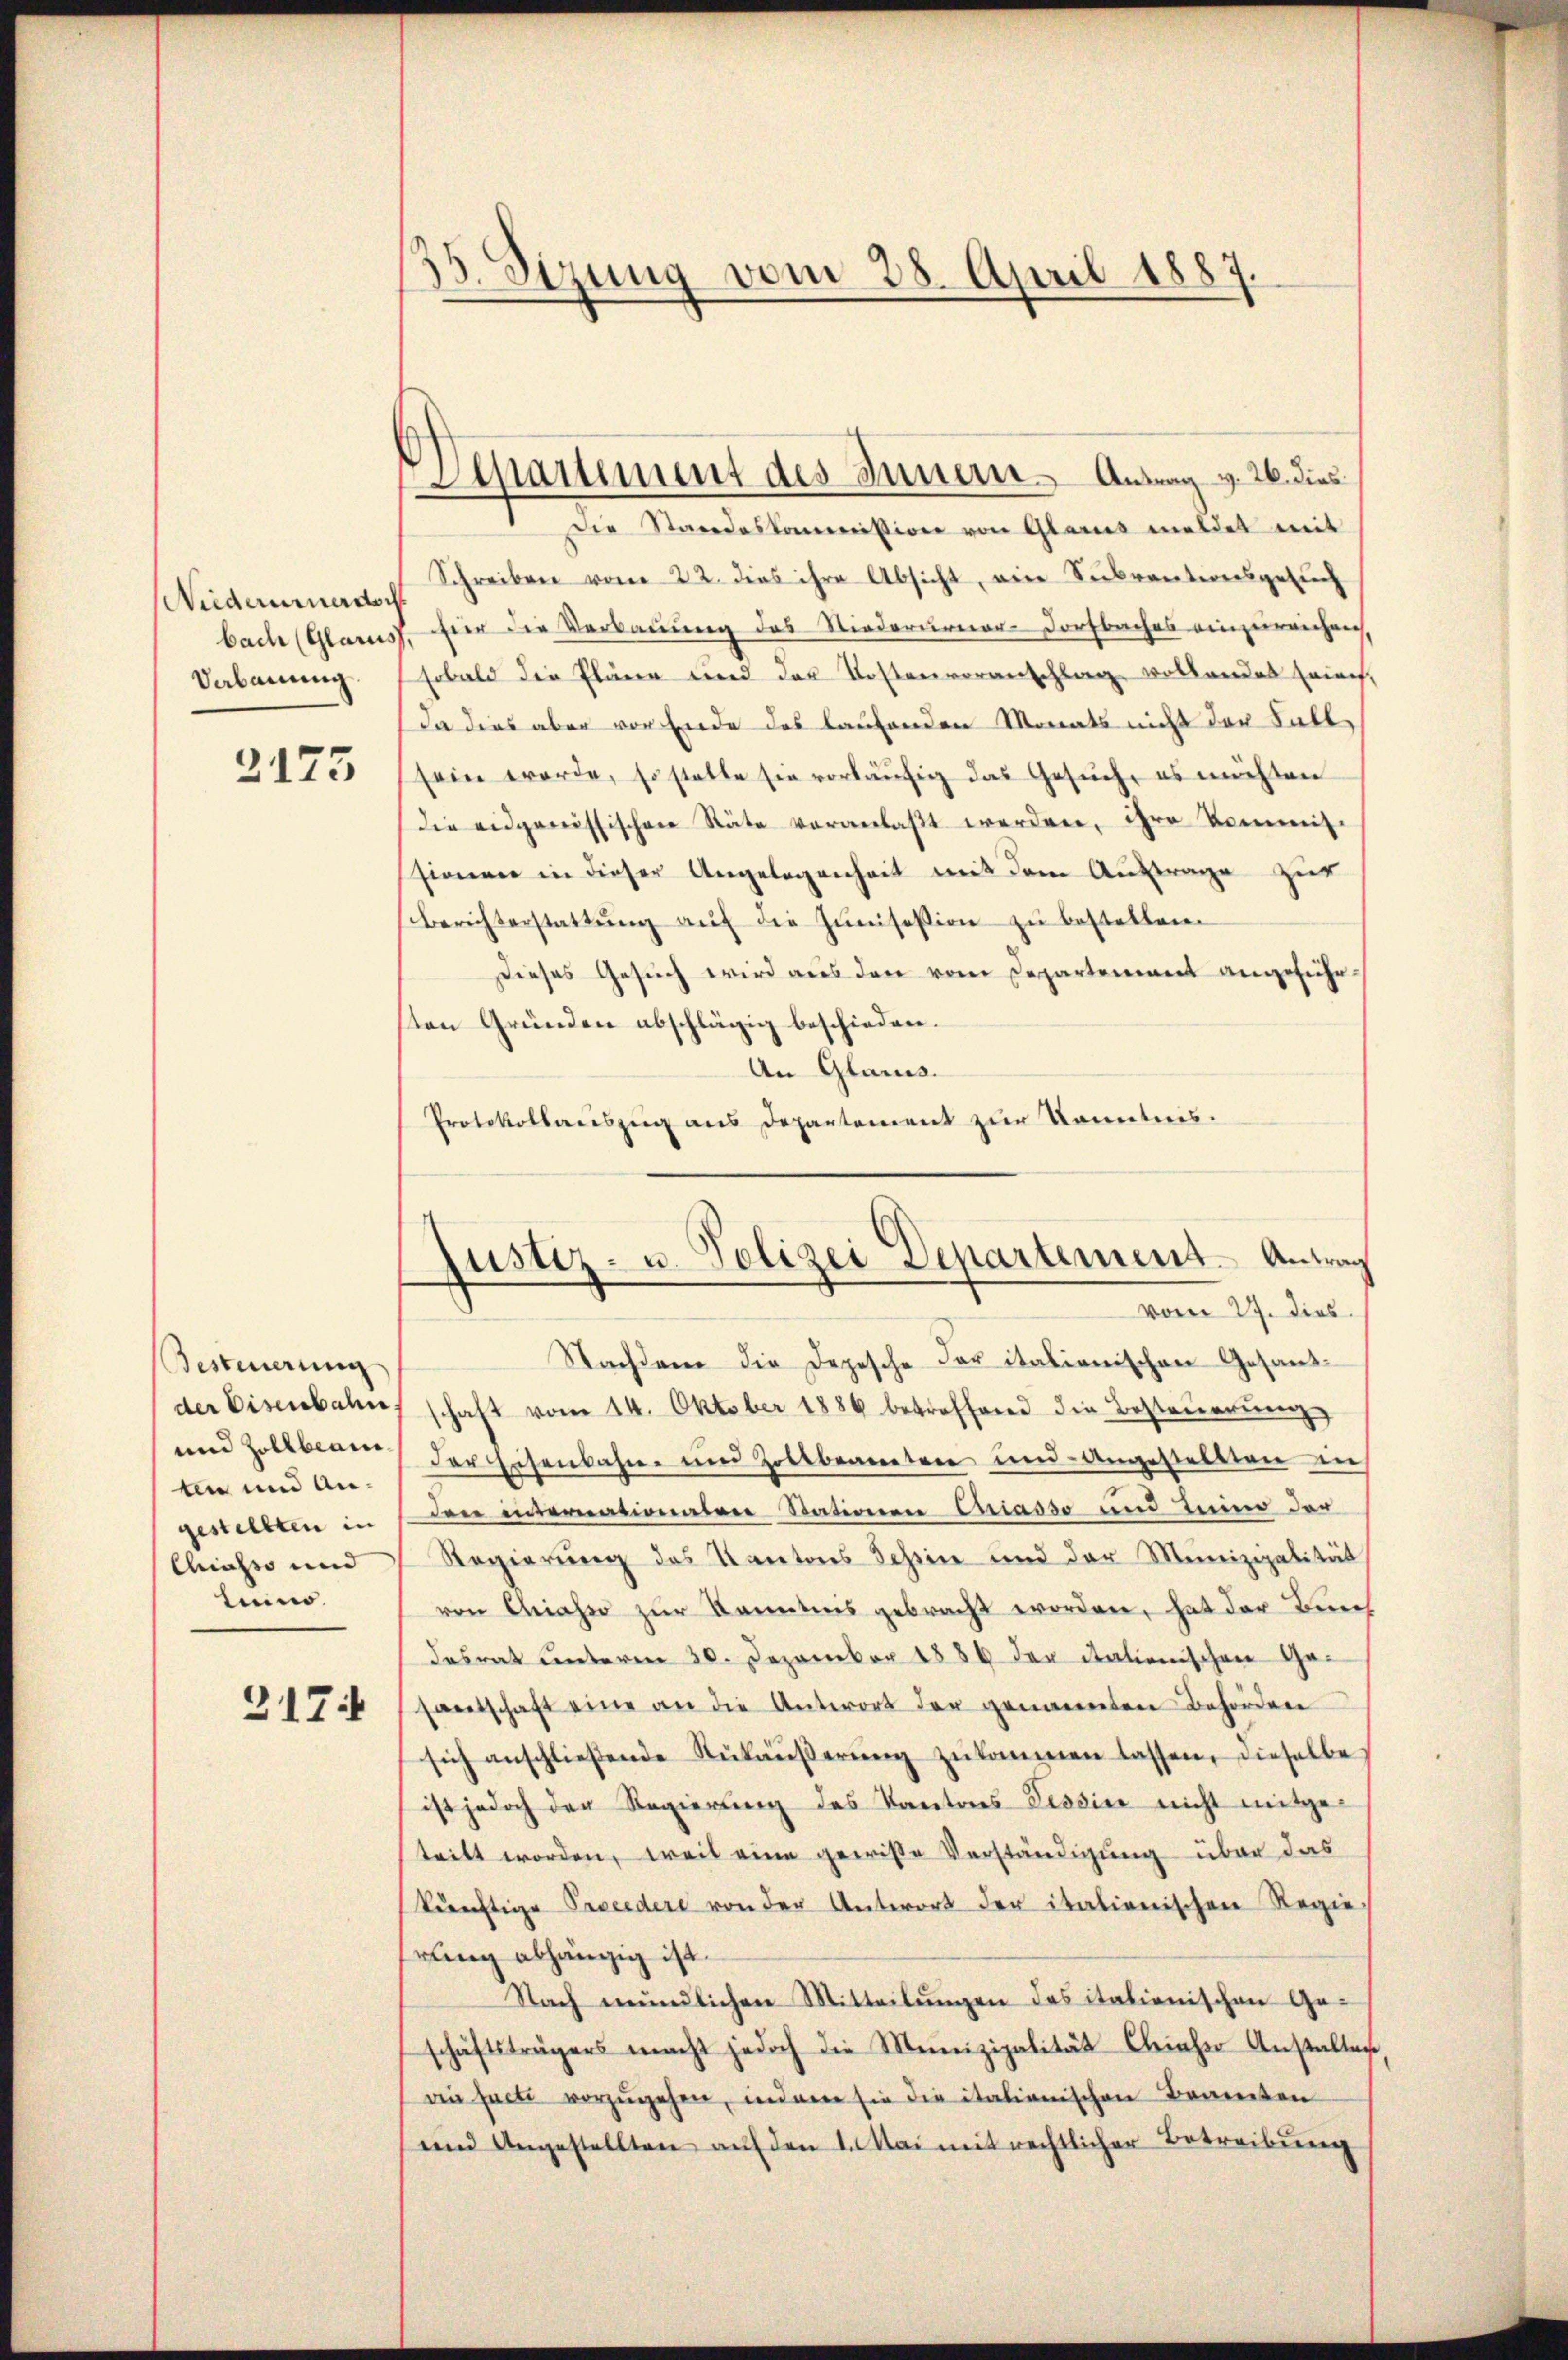
Niederurner doch
bach (Glarus
Vebauung.

2175

Besteuerung
und Zollbeam
ten und Angestellten in
Chiasso und
leino.

317

13. Sizung vom 28. April 188

Departement des Innerer Antrag v. 26. dies

Die Standeskommission von Glarus meldet mit
Schreiben vom 22. dies ihre Absicht, eine Seekrantionsgesuch
fier die Verbauung des Niederurner-Dorfbaches einzureichen,
sobald die Pläne und der Kostenvoranschlag vollendes Brief,
da dies aber vor Ende des laufenden Monats nicht der Fallsein worde, so statte sie vorläufig das Gesuch, es möchten
die eidgenössischen Stäte veranlaßt werden, ihre kommis-
sionen in dieser Angelegenheit mit dem Auftrage zur
Berichterstattŭng aŭf die Junisesion zu bestellen.
Dieses Gesuch wird aus den vom Departement angeführsten Gründen abschlägig beschieden.
An Glarus.
Protokollauszug aus Departement zur Kenntnis.

Justiz- u. Polizei Departement Antrag
vom 27. dies

Nachdem die Depesche der italionischen Gesandder Eisenbahn schaft vom 14. Oktober 1886 betreffend die Besteuerung
der Eisenbahn- und Zollbeamten und Angestellten in
den internationaten Stationen Chiasso und Luino der
Regierung des Kantons Schen und der Munizipalität
von Chiasso zŭr Kenntnis gebracht worden, hat der Berech
desrat unterm 30. Dezember 1889 der italienischen Ge-
hantschaft eine an die Antwort der genannten Behörden
sich anschlieβende Rükäŭβerŭng zŭkommen lassen, dieselbe
ist jedoch der Regierung des Kantons Tessier nicht mitgeteilt worden, weil eine gewiße Verständigung über das
künftige Preedere von der Antwort der italienischen Regie-
rung abhängig ist.
Nach mündlichen Mitteilungen das italienischen Ge-
schäftsträgers macht jedoch die Meinizipalität Clieher Anstalten
vin facti vorzŭgehen, indem sie die italienischen Brannten
und Angestellten aŭf den 1. Mai mit rechtlicher Betreibŭng